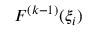
F ^ { ( k - 1 ) } ( \xi _ { i } )